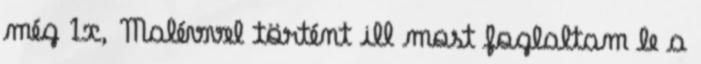
még 1x, Malévvel történt ill most foglaltam le a